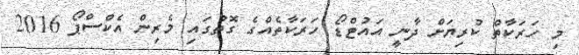
މި ހަރަކާތް ކުރިޔަށް ދާނީ އައުޓްޑޯ ހަރަކާތެއްގެ ގޮތުގައި މެރިން އެކްސްޕޯ 2016